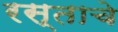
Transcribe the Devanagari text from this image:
रस्ताचे